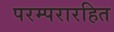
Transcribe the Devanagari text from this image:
परम्परारहित